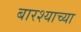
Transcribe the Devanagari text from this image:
बारश्याच्या